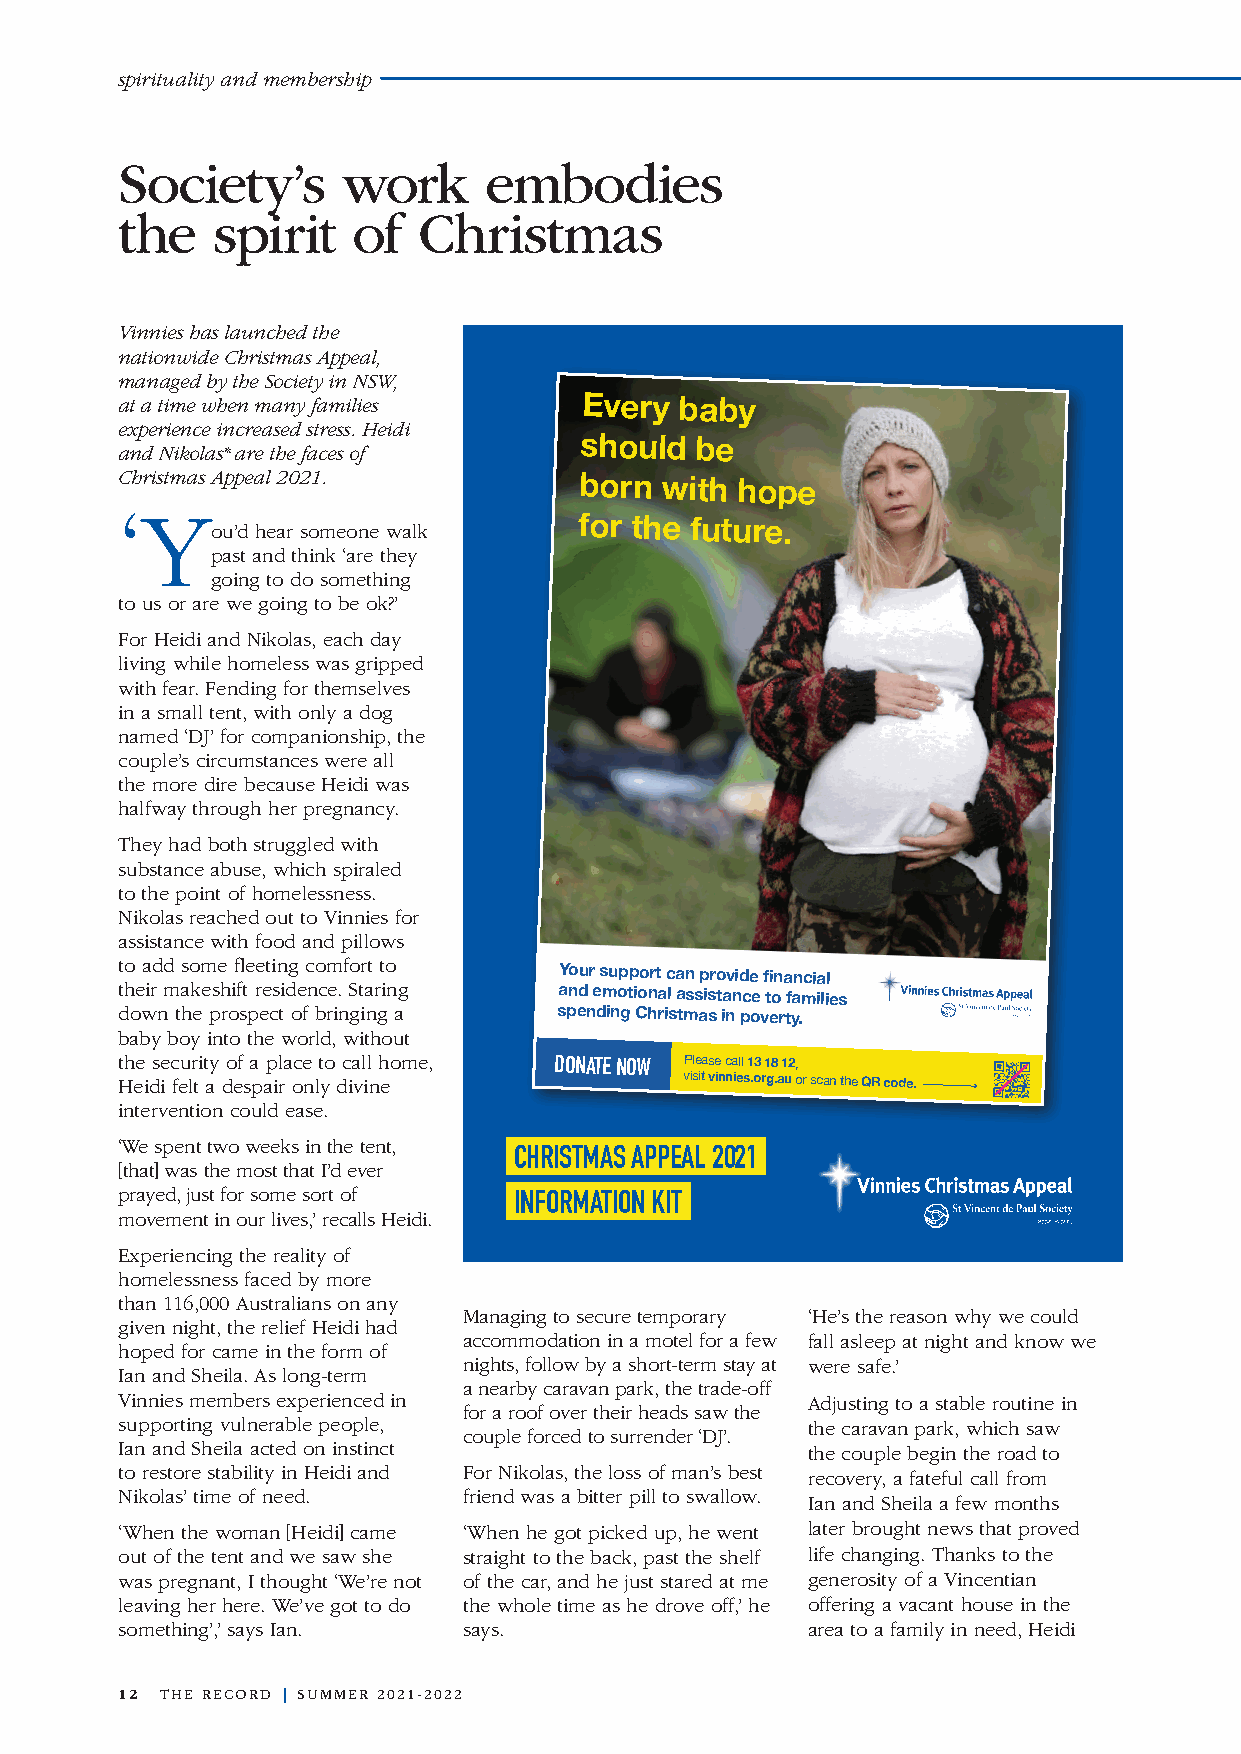
spirituality and membership
 Society’s      work     embodies
 the   spirit   of   Christmas
 Vinnies has launched the
 nationwide Christmas Appeal,
 managed by the Society in NSW,
 at a time when many families  Every  baby
 experience increased stress. Heidi
 should  be
 and Nikolas* are the faces of
 Christmas Appeal 2021.        born  with hope
 ‘Y
 ou’d hear someone walk
 for the future.
 past and think ‘are they
 going to do something
 to us or are we going to be ok?’
 For Heidi and Nikolas, each day
 living while homeless was gripped
 with fear. Fending for themselves
 in a small tent, with only a dog
 named ‘DJ’ for companionship, the
 couple’s circumstances were all
 the more dire because Heidi was
 halfway through her pregnancy.
 They had both struggled with
 substance abuse, which spiraled
 to the point of homelessness.
 Nikolas reached out to Vinnies for
 assistance with food and pillows
 to add some fleeting comfort to Your support can provide financial
 their makeshift residence. Staring and emotional assistance to families
 down the prospect of bringing a spending Christmas in poverty.
 baby boy into the world, without
 the security of a place to call home, DONATE NOW Please call 13 18 12,
 Heidi felt a despair only divine     visit vinnies.org.au or scan the QR code.
 intervention could ease.
 ‘We spent two weeks in the tent,
 CHRISTMAS APPEAL 2021
 [that] was the most that I’d ever
 prayed, just for some sort of INFORMATION KIT
 movement in our lives,’ recalls Heidi.
 Experiencing the reality of
 homelessness faced by more
 than 116,000 Australians on any
 Managing to secure temporary ‘He’s the reason why we could
 given night, the relief Heidi had
 accommodation in a motel for a few fall asleep at night and know we
 hoped for came in the form of
 nights, follow by a short-term stay at were safe.’
 Ian and Sheila. As long-term
 a nearby caravan park, the trade-off
 Vinnies members experienced in               Adjusting to a stable routine in
 for a roof over their heads saw the
 supporting vulnerable people,                the caravan park, which saw
 couple forced to surrender ‘DJ’.
 Ian and Sheila acted on instinct             the couple begin the road to
 to restore stability in Heidi and For Nikolas, the loss of man’s best recovery, a fateful call from
 Nikolas’ time of need. friend was a bitter pill to swallow.
 Ian and Sheila a few months
 ‘When the woman [Heidi] came ‘When he got picked up, he went later brought news that proved
 out of the tent and we saw she straight to the back, past the shelf life changing. Thanks to the
 was pregnant, I thought ‘We’re not of the car, and he just stared at me generosity of a Vincentian
 leaving her here. We’ve got to do the whole time as he drove off,’ he offering a vacant house in the
 something’,’ says Ian. says.                 area to a family in need, Heidi
 12 THE RECORD | SUMMER 2021-2022